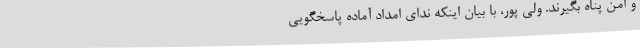
و امن پناه بگیرند. ولی پور، با بیان اینکه ندای امداد آماده پاسخگویی